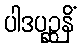
ပါဒပုဉ္ဆနိံ